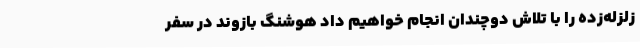
زلزله‌زده را با تلاش دوچندان انجام خواهیم داد هوشنگ بازوند در سفر